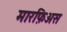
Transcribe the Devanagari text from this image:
मारफ़िअस